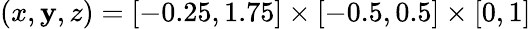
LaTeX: (x,\mathbf{y},z)=[-0.25,1.75]\times[-0.5,0.5]\times[0,1]